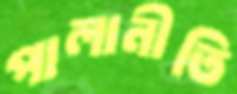
পালানীতি